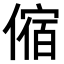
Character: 𠍊